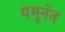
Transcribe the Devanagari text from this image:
यमुनेंत